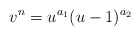
\begin{align*}v^n=u^{a_1}(u-1)^{a_2}\end{align*}